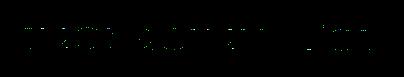
tuorâstuv. Tot